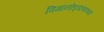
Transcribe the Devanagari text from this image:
विमानोड्डाणाच्या